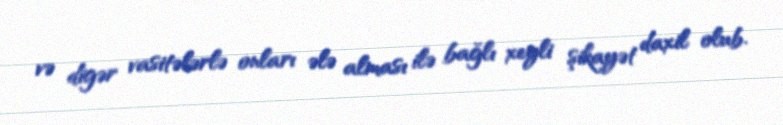
və digər vasitələrlə onları ələ alması ilə bağlı xeyli şikayət daxil olub.